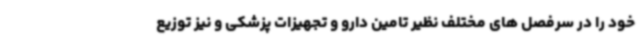
خود را در سرفصل های مختلف نظیر تامین دارو و تجهیزات پزشکی و نیز توزیع